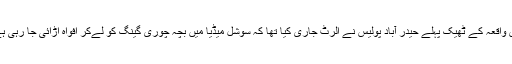
اس واقعہ کے ٹھیک پہلے حیدر آباد پولیس نے الرٹ جاری کیا تھا کہ سوشل میڈیا میں بچہ چوری گینگ کو لےکر افواہ اڑائی جا رہی ہے۔